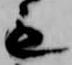
も